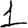
Digit: 1